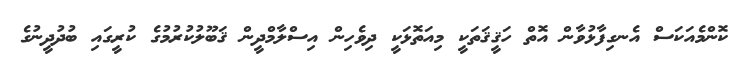
ކޮންމެއަކަސް އެނގިފާޅުވާން އޮތް ހަޤީޤަތަކީ މިއަތޮޅަކީ ދިވެހިން އިސްލާމްދީން ޤަބޫލުކުރުމުގެ ކުރީގައި ބުދުދީނުގެ